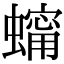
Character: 𧑗